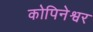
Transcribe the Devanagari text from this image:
कोपिनेश्वर